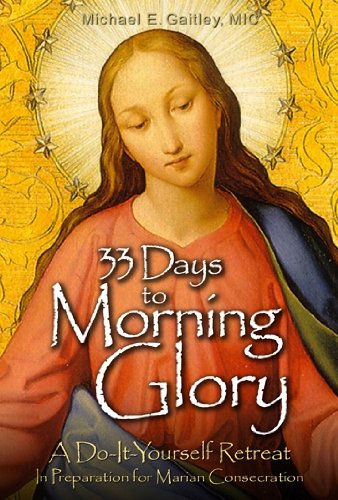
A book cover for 33 Days to Morning Glory: A Do-It-Yourself Retreat In Preparation for Marian Consecration; Michael E. Gaitley; Christian Books & Bibles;